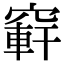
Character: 䆭